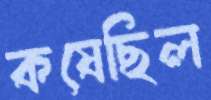
কষেছিল